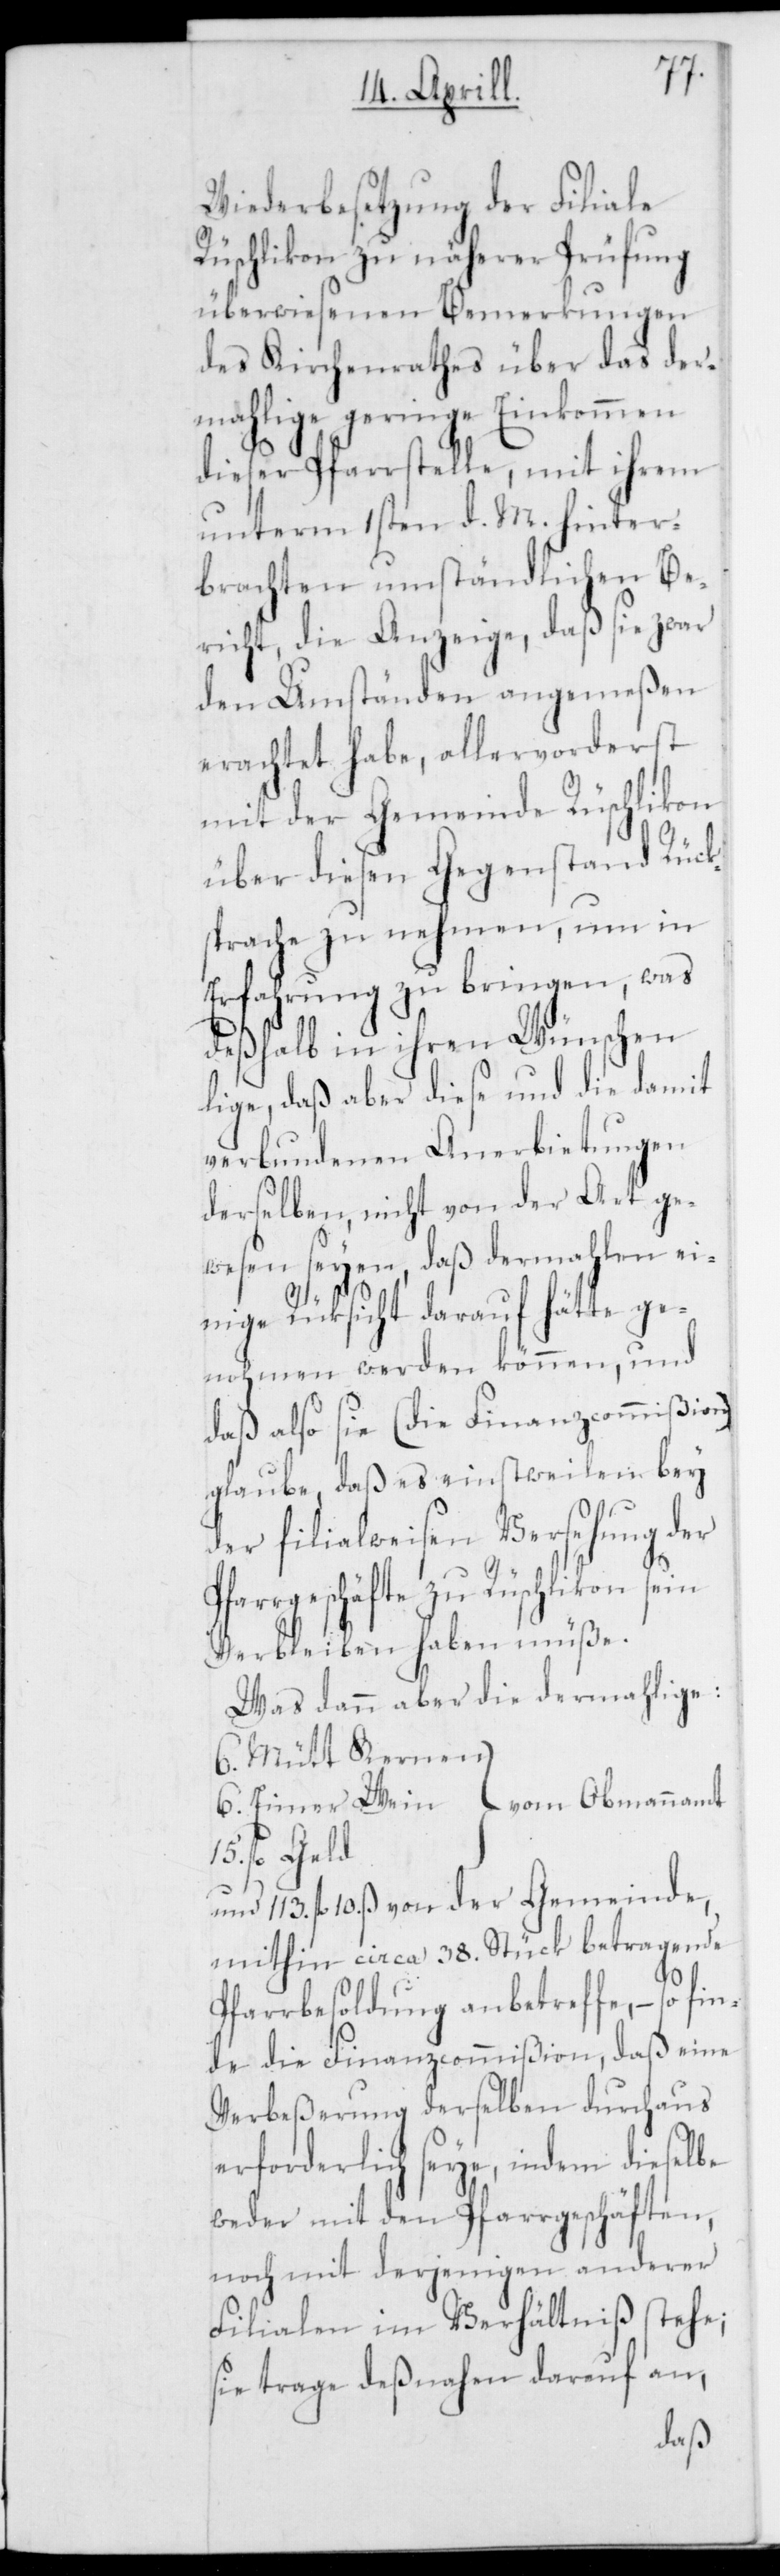
Wiederbesetzung der Filiale
Rüschlikon zu näherer Prüfung
überwiesenen Bemerkungen
des Kirchenrathes über das der¬
mahlige geringe Einkommen
dieser Pfarrstelle, mit ihrem
unterm 1sten d. M. hinter¬
brachten umständlichen Be¬
richt, die Anzeige, daß sie zwar
den Umständen angemeßen
erachtet habe, allervorderst
mit der Gemeinde Rüschlikon
über diesen Gegenstand Rück¬
sprache zu nehmen, um in
Erfahrung zu bringen, was
deßhalb in ihren Wünschen
lige, daß aber diese und die damit
verbundenen Anerbietungen
derselben, nicht von der Art ge¬
wesen seyen, daß dermahlen ei¬
nige Rücksicht darauf hätte ge¬
nohmen werden können, und
daß also sie (die Finanzcommißion)
glaube, daß es einstweilen bey
der filialweisen Versehung der
Pfarrgeschäfte zu Rüschlikon sein
Verbleiben haben müße.
Was dann aber die dermahlige:
6. Mütt Kernen
fl. Geld
und 113. fl. 10 ß von der Gemeinde,
mithin circa 38. Stück betragende
15.
Pfarrbesoldung anbetreffe, – so fin¬
de die Finanzcommißion, daß eine
Verbeßerung derselben durchaus
erforderlich seye, indem dieselbe
weder mit den Pfarrgeschäften,
noch mit derjenigen anderer
Filialen im Verhältniß stehe;
sie trage deßnahen darauf an,
}